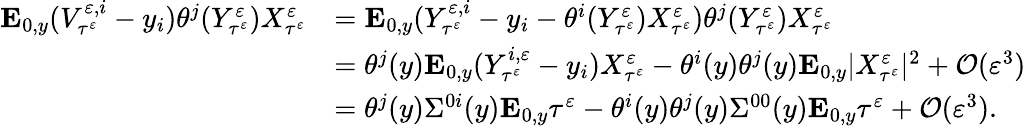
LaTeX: \begin{array}{rl}{\mathbf{E}_{0,y}(V_{\tau^{\varepsilon}}^{\varepsilon,i}-y_{i})\theta^{j}(Y_{\tau^{\varepsilon}}^{\varepsilon})X_{\tau^{\varepsilon}}^{\varepsilon}}&{=\mathbf{E}_{0,y}(Y_{\tau^{\varepsilon}}^{\varepsilon,i}-y_{i}-\theta^{i}(Y_{\tau^{\varepsilon}}^{\varepsilon})X_{\tau^{\varepsilon}}^{\varepsilon})\theta^{j}(Y_{\tau^{\varepsilon}}^{\varepsilon})X_{\tau^{\varepsilon}}^{\varepsilon}}\\ &{=\theta^{j}(y)\mathbf{E}_{0,y}(Y_{\tau^{\varepsilon}}^{i,\varepsilon}-y_{i})X_{\tau^{\varepsilon}}^{\varepsilon}-\theta^{i}(y)\theta^{j}(y)\mathbf{E}_{0,y}|X_{\tau^{\varepsilon}}^{\varepsilon}|^{2}+\mathcal O(\varepsilon^{3})}\\ &{=\theta^{j}(y)\Sigma^{0i}(y)\mathbf{E}_{0,y}\tau^{\varepsilon}-\theta^{i}(y)\theta^{j}(y)\Sigma^{00}(y)\mathbf{E}_{0,y}\tau^{\varepsilon}+\mathcal O(\varepsilon^{3}).}\end{array}